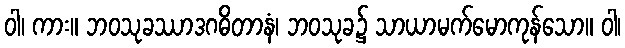
ဝါ၊ ကား။ ဘဝသုခဿာဒဂဓိတာနံ၊ ဘဝသုခ၌ သာယာမက်မောကုန်သော။ ဝါ၊